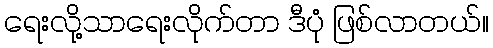
ရေးလို့သာရေးလိုက်တာ ဒီပုံ ဖြစ်လာတယ်။